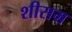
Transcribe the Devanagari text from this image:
शीसम